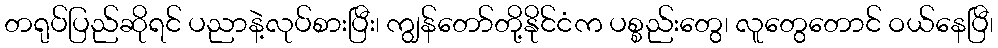
တရုပ်ပြည်ဆိုရင် ပညာနဲ့လုပ်စားပြီး၊ ကျွန်တော်တို့နိုင်ငံက ပစ္စည်းတွေ၊ လူတွေတောင် ဝယ်နေပြီ၊